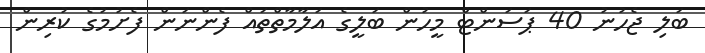
ބަލި ޖެހުނު 40 ޕަސަންޓް މީހުން ބަލީގެ އަލާމާތްތައް ފެންނަން ފެށުމުގެ ކުރިން